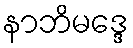
နာဘိမဒ္ဒေ